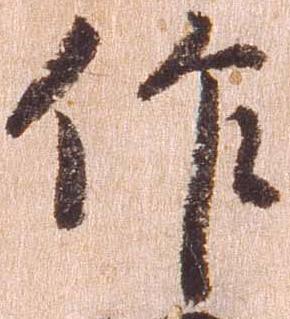
作